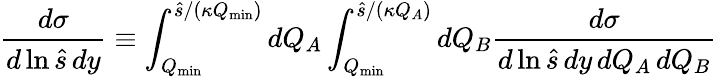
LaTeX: {\frac{d\sigma}{d\ln\hat{s}\, dy}}\equiv\int_{Q_{\mathrm{min}}}^{\hat{s}/(\kappa Q_{\mathrm{min}})}dQ_{A}\int_{Q_{\mathrm{min}}}^{\hat{s}/(\kappa Q_{A})}dQ_{B}{\frac{d\sigma}{d\ln\hat{s}\, dy\, dQ_{A}\, dQ_{B}}}